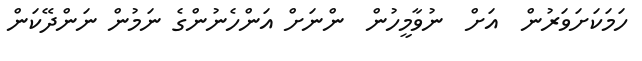
ހަމަކަށަވަރުން  އަށް  ނުވާމީހުން  ންނަށް އަންހެނުންގެ ނަމުން ނަންދޭކަން